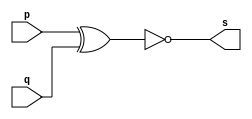
// ------------------------- 
// Guia01terceira - XNOR 
// Nome: Pedro Henrique Vilar Locatelli 
// ------------------------- 
module xnorgate (output [0:3] s, 
                input [0:3] p, 
                input [0:3] q); 
 assign s = ~(p ^ q); 
endmodule // xnor 
// --------------------- 
// -- test xnorgate 
// --------------------- 
module testxnorgate; 
// ------------------------- dados locais 
  reg [0:3] a,b; // definir registrador 
  wire [0:3] s; // definir conexao (fio) 
// ------------------------- instancia 
xnorgate XNOR1 (s, a, b); 
// ------------------------- preparacao 
  initial begin:start 
   a=4'b0011; // 4 valores binarios 
   b=4'b0101; // 4 valores binarios 
  end 
// ------------------------- parte principal 
  initial begin:main 
   $display("Guia01terceira - Pedro Henrique Vilar Locatelli - 427453"); 
   $display("Test xnor gate"); 
   $display("\n a ^ b = s\n"); 
   $monitor("%b ^ %b = %b", a, b, s); 
#1 a=0; b=0; // valores decimais 
#1 a=4'b0010; b=4'b0001; // valores binarios 
#1 a=4'd1; b=3; // decimal e decimal 
#1 a=4'o5; b=2; // octal e decimal 
#1 a=4'hA; b=3; // hexadecimal e decimal 
#1 a=4'h9; b=4'o3; // hexadecimal e octal 
end 
endmodule // testxnorgate
// verso    -    data    -    comentario
// 0.1          03/08/11       (OK). tabela verdade de porta XNOR